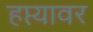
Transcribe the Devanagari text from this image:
हप्त्यावर